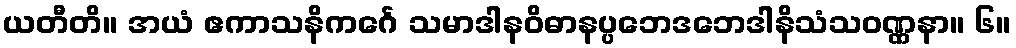
ယတီတိ။ အယံ ဧကာသနိကင်္ဂေ သမာဒါနဝိဓာနပ္ပဘေဒဘေဒါနိသံသဝဏ္ဏနာ။ ၆။